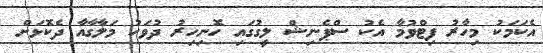
އެކަމަކު މިހާރު ފިޓްވުމާ އެކު ސްޕެނިޝް ލީގުގައި ހޮނިހިރު ދުވަހު މަލާގާއާ ދެކޮޅަށް